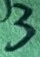
Text: 3